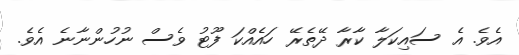
އެވެ. އެ ސައިކަލާ ކާރާ ދޭތެރޭ ހައެއްކަ ފޫޓު ވެސް ނުހުންނާނެ އެވެ.